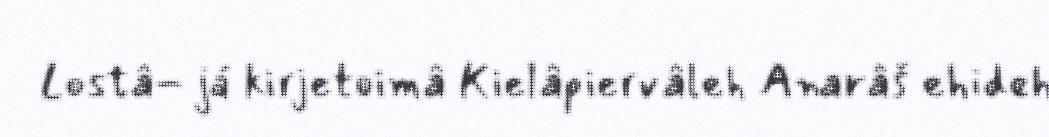
Lostâ- já kirjetoimâ Kielâpiervâleh Anarâš ehideh